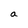
Character: a